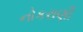
નોકરાણી